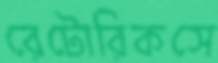
রেটোরিকসে